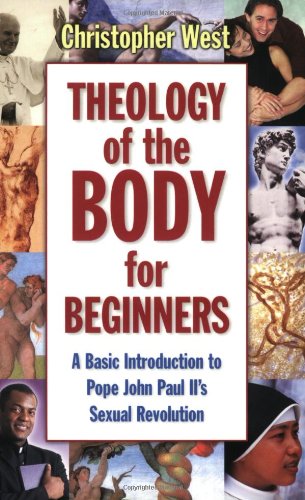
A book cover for Theology Of The Body For Beginners; Christopher West; Christian Books & Bibles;